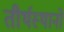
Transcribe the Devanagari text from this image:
तीर्थस्थानो